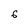
Character: 6